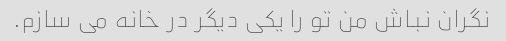
نگران نباش من تو را یکی دیگر در خانه می سازم.